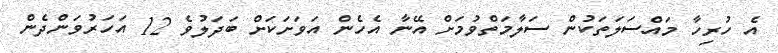
އެ ހުރިހާ މައްސަލަތަކުން ސަލާމަތްވުމަށް އޭނާ އެހެން އަވަށަކަށް ބަދަލުވެ 12 އަހަރުވަންދެން